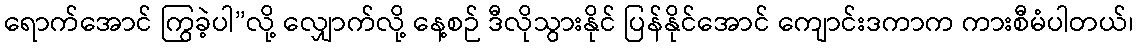
ရောက်အောင် ကြွခဲ့ပါ”လို့ လျှောက်လို့ နေ့စဉ် ဒီလိုသွားနိုင် ပြန်နိုင်အောင် ကျောင်းဒကာက ကားစီမံပါတယ်၊